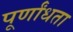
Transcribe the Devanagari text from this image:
पूर्णांधता